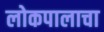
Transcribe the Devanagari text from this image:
लोकपालाचा